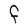
Character: F